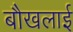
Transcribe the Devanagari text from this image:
बौखलाई